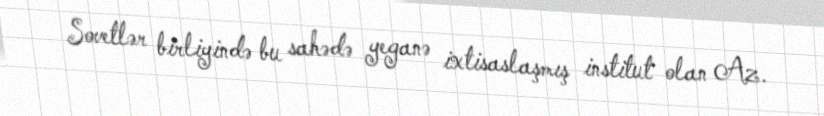
Sovetlər birliyində bu sahədə yeganə ixtisaslaşmış institut olan Az.